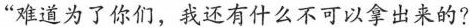
“难道为了你们，我还有什么不可以拿出来的?